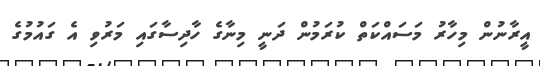
އީރާނުން މިހާރު މަސައްކަތް ކުރަމުން ދަނީ މިނާގެ ހާދިސާގައި މަރުވި އެ ގައުމުގެ